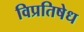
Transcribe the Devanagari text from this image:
विप्रतिषेध